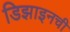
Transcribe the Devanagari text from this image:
डिझाइनची